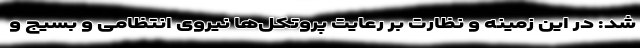
شد: در این زمینه و نظارت بر رعایت پروتکل‌ها نیروی انتظامی و بسیج و